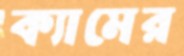
ক্যামের